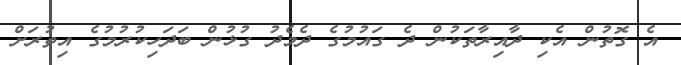
އެ ގޮތުން އެކި ދާއިރާތަކުން ދެ ގައުމުގެ ދެމެދު ގުޅުން ބަދަހިކުރުމުގެ އިތުރަށް